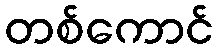
တစ်ကောင်